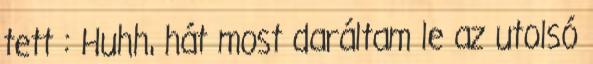
tett : Huhh, hát most daráltam le az utolsó